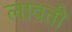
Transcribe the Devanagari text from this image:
लावती